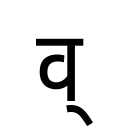
OCR:
व्